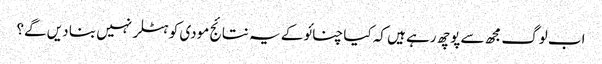
اب لوگ مجھ سے پوچھ رہے ہیں کہ کیا چنائو کے یہ نتائج مودی کو ہٹلر نہیں بنا دیں گے؟